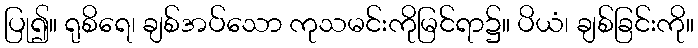
ပြု၍။ ရုစိရေ၊ ချစ်အပ်သော ကုသမင်းကိုမြင်ရာ၌။ ပိယံ၊ ချစ်ခြင်းကို။